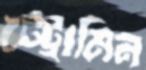
টেট্রামিন